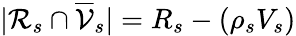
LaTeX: |\mathcal{R}_{s}\cap\overline{{\mathcal{V}}}_{s}|=R_{s}-(\rho_{s}V_{s})